Memorandum on the prevention of leprosy by segregation of the affected
Disease focus: Leprosy
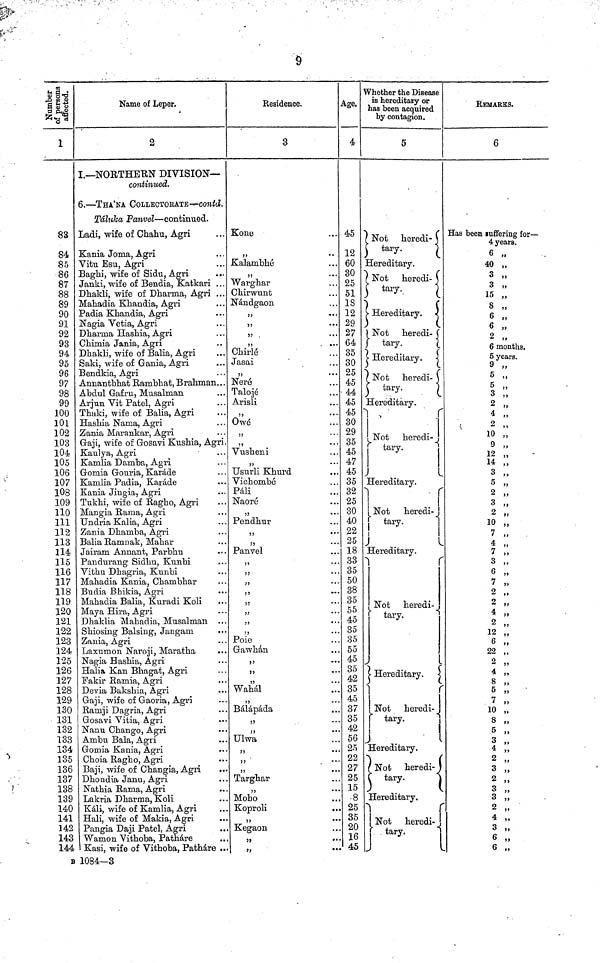
9
Number of person
1
83
84
85
86
87
88
89
90
91
92
93
94
95
96
97
98
99
100
101
102
103
104
105
106
107
108
109
110
111
112
113
114
115
116
117
118
119
120
121
122
123
124
125
126
127
128
129
130
131
132
133
134
135
136
137
138
139
140
141
142
143
144
Name of Leper.
2
I.— NORTHERN DIVISION—
continued.
6. — THA'NA CoLLECTORATE--confc2.
Táluka Panvel — continued.
Ladi, wife of Chahu, Agri
Kania Joma, Agri
Vitu Esu, Agri
Baghi, wife of Sidu, Agri
Janki, wife of Bendia, Katkari . . .
Dhakli, wife of Dharma, Agri ...
Mahadia Khandia, Agri
Padia Khandia, Agri
Nagia Vetia, Agri
Dharina Hashia, Agri
Chimia Jania, Agri
Dhakli, wife of Balia, Agri
Saki, wife of Gania, Agri
Bendkia, Agri
Annantbhat Rambhat, Brahman.. .
Abdul Gafru, Musalman
Arjun Vit Patel, Agri
Thaki, wife of Balia, Agri
Hashia Nama, Agri
Zania Marankar, Agri
Gaji, wife of Gosavi Ktishia, Agri.
Kaulya, Agri
Kamlia Damba, Agri
Gomia Gouria, Karade
Kamlia Padia, Karade
Kania Jingia, Agri
Tukhi, wife of Ragho, Agri
Mangia Rama, Agri
Undria Kalia, Agri
Zania Dhaniba, Agri
Balia Ramnak, Mahar
Jairam Annant, Parbhu
Pandurang Sidhu, Kunbi
Vithu Dhagria, Knnbi
Mahadia Kania, Chambhar
Budia Bhikia, Agri
Mahadia Balia, Kuradi Koli
Maya Hira, Agri
Dhaklia Mahadia, Musalman ...
Shiosing Balsing, Jangam
Zania, Agri
Laxumon Naroji, Maratha
Nagia Hashia, Agri
Halia Kan Bhagat, Agri
Fakir Ramia, Agri
Devia Bakshia, Agri
Gaji, wife of Gaoria, Agri
Ramji Dagria, Agri
Gosavi Vitia, Agri
Nanu Chango, Agri
Ambu Bala, Agri
Gomia Kania, Agri
Choia Ragho, Agri
Baji, wife of Changia, Agri
Dhondia Janu, Agri
Nathia Rama, Agri
Lakria Dharma, Koli
Kdli, wife of Kamlia, Agri
Hali, wife of Makia, Agri
Pangia Daji Patel, Agri
Wamon Vithoba, Pathare
Kasi, wife of Vithoba, Pathare ..
Residence.
3
Kone
"
Kalambhá
"
Warghar
Chirwunt
Nandgaon
"
,5
...
5)
...
"
.
Chirlé
Jasai
"
Nerá
Talojé
Arisli
"
...
Owé
"
35
• • '
Vusheni
"
Usurli Khurd
Vichombé
Pali
Naoré
"
Pendhur
"
..
"
Panvel
...
...
...
...
...
...
...
...
Poie
Gawhén
"
...
Wahál
Bálápáda
"
Ulwa
"
"
"
Targhar
"
Moho
Koproli
..
"
Kegaon
3>
...
Age.
4
45
12
60
30
25
51
18
12
29
27
64
35
30
25
45
44
45
45
30
29
35
45
47
45
35
32
25
30
40
22
25
18
33
35
50
38
35
55
45
35
35
55
45
35
42
35
45
37
35
42
56
25
22
27
25
15
-8
25
35
20
16
45
Whether the Disease
is hereditary or
has been acquired
by contagion.
5
N
ot
heredi-
tary.
Hereditary.
Not heredi-
tary
Hereditary.
Not heredi-
tary.
Hereditary.
Not
heredi-
tary.
Hereditary.
Not heredi-
tary. tary.
Hereditary.
Not
heredi-
tary.
Hereditary.
Not heredi-
tary tary.
Hereditary.
Not
heredi-
tary.
Hereditary.
Not
heredi-
tary.
Hereditary.
Not
heredi-
tary.
,
REMARKS.
6
Has been suffering for —
4 years.
6 „
40 „
3 „
3 „
15 „
8 „
6 „
6 „
2 "
6 months.
5 years.
9 „
5 „
5 „
3
"
2 „
4 „
2 „
10 „
9 "
12 ,
14 ,
3 ,
5 ,
2 ,
3 ,
2 ,
10 ,
7 ,
4 ,
7 ,
3 ,
6 „
7 „
2 ,
2 ,
4 ,
2 ,
12 ,
6 ,
22 ,
2 ,
4 ,
8 ,
5 ,
7 ,
10 ,
8 ,
5 ,
3 ,
4 ,
2 ,
3 ,
2 ,
3 ,
3 ,
2 ,
4 ,
3 ,
6 ,
6 ,
B 1084—3